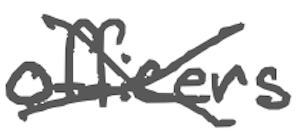
Text: officers
Cross-out: mix
Writing tool: digital_gray